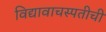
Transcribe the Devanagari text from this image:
विद्यावाचस्पतीची